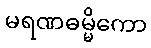
မရဏဓမ္မိကော